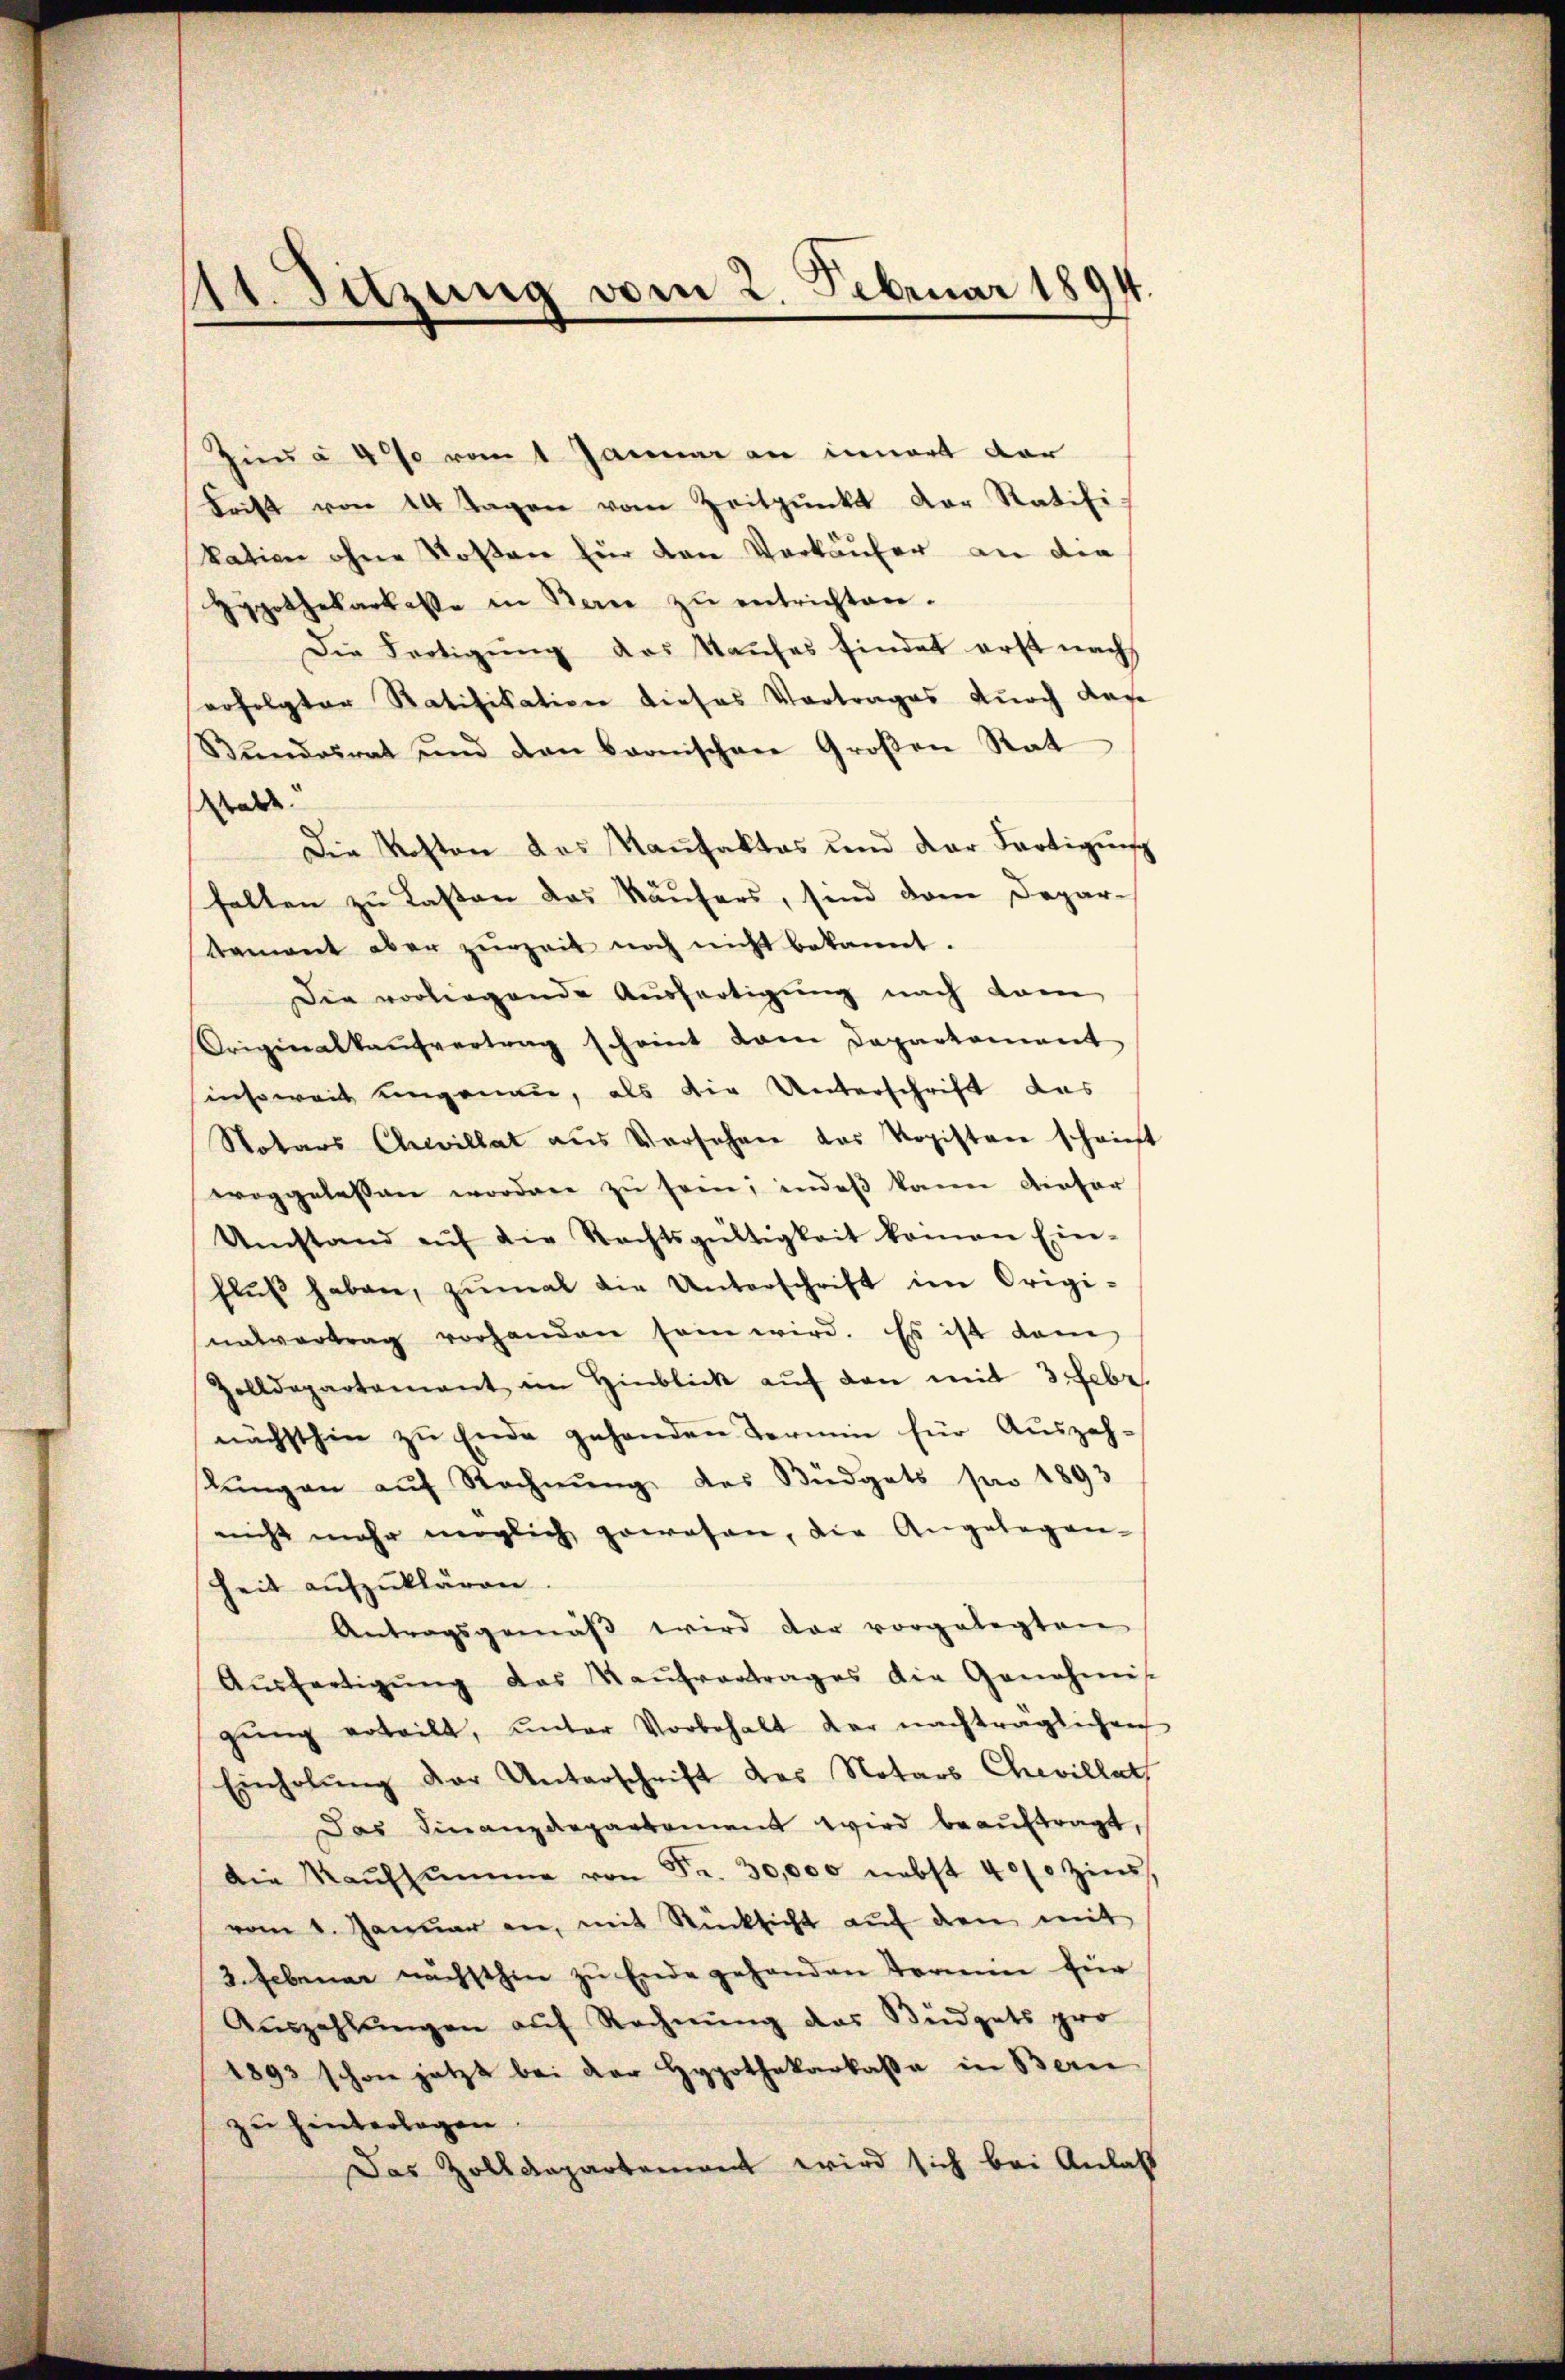
111. Sitzung vom 2. Februar 1894.

Zieu à 4% vom 1 Januar an innert dar
Frist von 14 Tagen vom Zeitpunkt der Ratifi-
kation ohne Kosten für den Verkäufer an die
Hypothekarkasse in Bern zu entrichten.
Die Fertigung des Kaufes findet erst nach
erfolgter Ratifikation dieses Vortrages durch das
Bŭndesrat und den bernischen Großen Rat
adde
Die Kosten das Kaufaktes und der Fertigung
halten zu Lasten das Käufers, sind dem Depar-
tament aber zurzeit noch nicht bekannt.
Die vorliegende Ausfertigung nach dam
Originalkaŭfvertrag scheint dann Departament
insoweit ungenau, als die Unterschrift das
Notars Chevillat aus Versehen das Kopisten scheint
woggelassen worden zŭ sein; indeß kann dieser
Umstand aŭf die Rechtsgültigkeit komen Ein-
flŭβ haben, zŭmal die Unterschrift im Origi-
uatvertrag vorhanden sein wird. Es ist dam
Zolldepartamant im Hinblick aŭf den mit 3 Febr.
nächsthin zu Ende gehenden Termin für Auszah-
lŭngen aŭf Rechnŭng des Büdgets pro 1893
nicht mehr möglich gewesen, die Angelegen-
heit aŭfzŭklären.
Antragsgemäβ wird der vorgelegten
Aŭsfertigŭng das Kaŭfvertrages die Genehmis
gŭng erteilt, ŭnter Vorbehalt der nachträglichen
Einholung der Unterschrift des Notars Chevillat
Das Finanzdepartement wird beaŭftragt,
Die Kaŭfsŭmme von Fr. 30,000 nebst 400 Zins.
vom 1. Januar an, mit Rücksicht aŭf den mit
3. Februar nächsthin zu Ende gehanden Termin für
Aŭszahlŭngen auf Rechnung das Büdgets pro
1892 schon jetzt bei der Hypothekarkassa in Bern
zu hinterlagen
Das Zolldepartement wird sich bei Anlaß